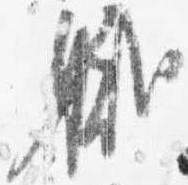
職